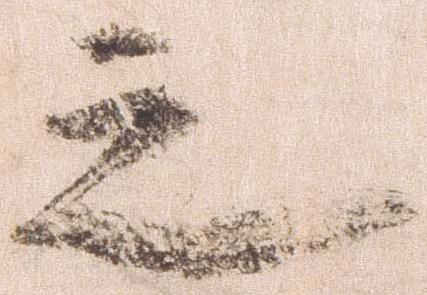
之